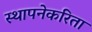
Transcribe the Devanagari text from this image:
स्थापनेकरिता